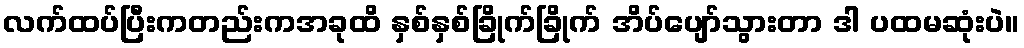
လက်ထပ်ပြီးကတည်းကအခုထိ နှစ်နှစ်ခြိုက်ခြိုက် အိပ်ပျော်သွားတာ ဒါ ပထမဆုံးပဲ။